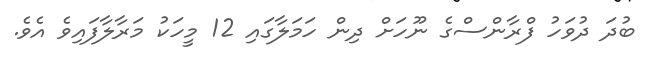
ބުދަ ދުވަހު ފްރާންސްގެ ނޫހަށް ދިން ހަމަލާގައި 12 މީހަކު މަރާލާފައިވެ އެވެ.